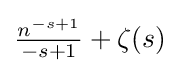
{\tfrac {n^{-s+1}}{-s+1}}+\zeta (s)